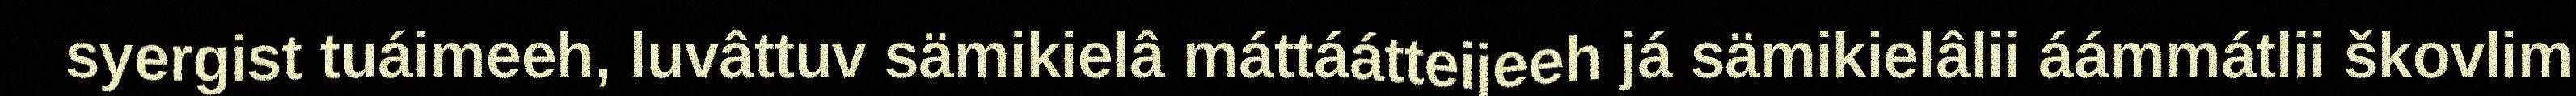
syergist tuáimeeh, luvâttuv sämikielâ máttáátteijeeh já sämikielâlii áámmátlii škovlim